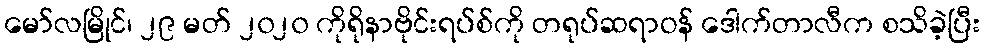
မော်လမြိုင်၊ ၂၉ မတ် ၂၀၂၀ ကိုရိုနာဗိုင်းရပ်စ်ကို တရုပ်ဆရာဝန် ဒေါက်တာလီက စသိခဲ့ပြီး